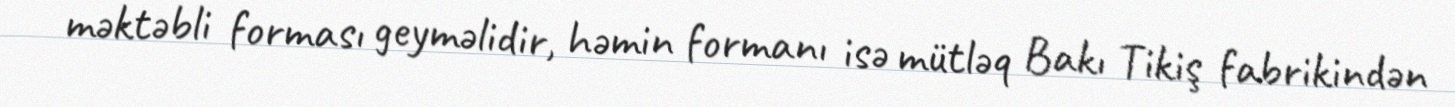
məktəbli forması geyməlidir, həmin formanı isə mütləq Bakı Tikiş fabrikindən